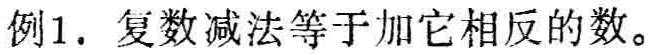
例1. 复数减法等于加它相反的数。